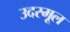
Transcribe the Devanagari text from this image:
उदरमूल